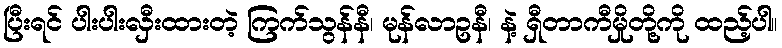
ပြီးရင် ပါးပါးလှီးထားတဲ့ ကြက်သွန်နီ၊ မုန်လာဥနီ၊ နဲ့ ရှီတာကီမှိုတို့ကို ထည့်ပါ။